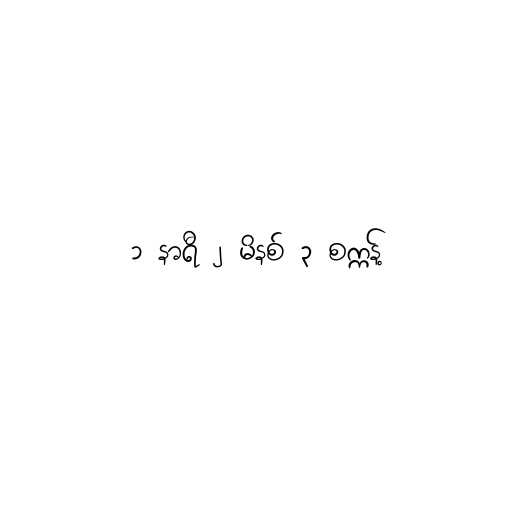
၁ နာရီ ၂ မိနစ် ၃ စက္ကန့်